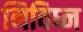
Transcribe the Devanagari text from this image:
निविघ्न